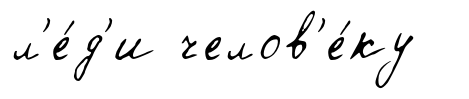
л'е́д'и челов'е́ку